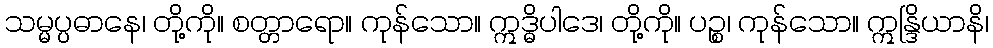
သမ္မပ္ပဓာနေ၊ တို့ကို။ စတ္တာရော။ ကုန်သော။ ဣဒ္ဓိပါဒေ၊ တို့ကို။ ပဉ္စ၊ ကုန်သော။ ဣန္ဒြိယာနိ၊